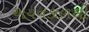
અયનકાળથી